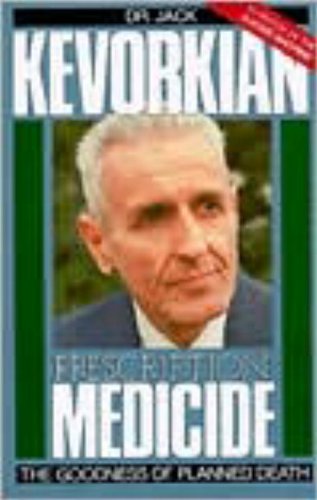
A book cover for Prescription Medicide; Jack Kevorkian; Medical Books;